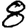
Digit: 8